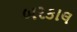
બરકાલ